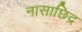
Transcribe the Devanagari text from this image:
नासाछिद्र